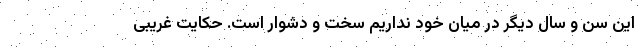
این سن و سال دیگر در میان خود نداریم سخت و دشوار است. حکایت غریبی